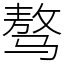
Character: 骜